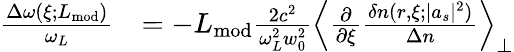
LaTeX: \begin{array}{rl}{\frac{\Delta\omega(\xi;L_{\mathrm{mod}})}{\omega_{L}}}&{=-L_{\mathrm{mod}}\frac{2c^{2}}{\omega_{L}^{2}w_{0}^{2}}\left\langle\frac{\partial}{\partial\xi}\frac{\delta n(r,\xi;|a_{s}|^{2})}{\Delta n}\right\rangle_{\perp}}\end{array}